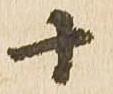
十